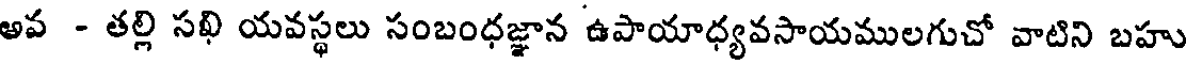
అవ - తల్లి సథి యవస్థలు సంబంధజ్జాన ఉపాయాధ్యవసాయములగుచో వాటిని బహు